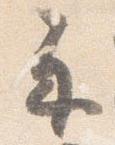
示